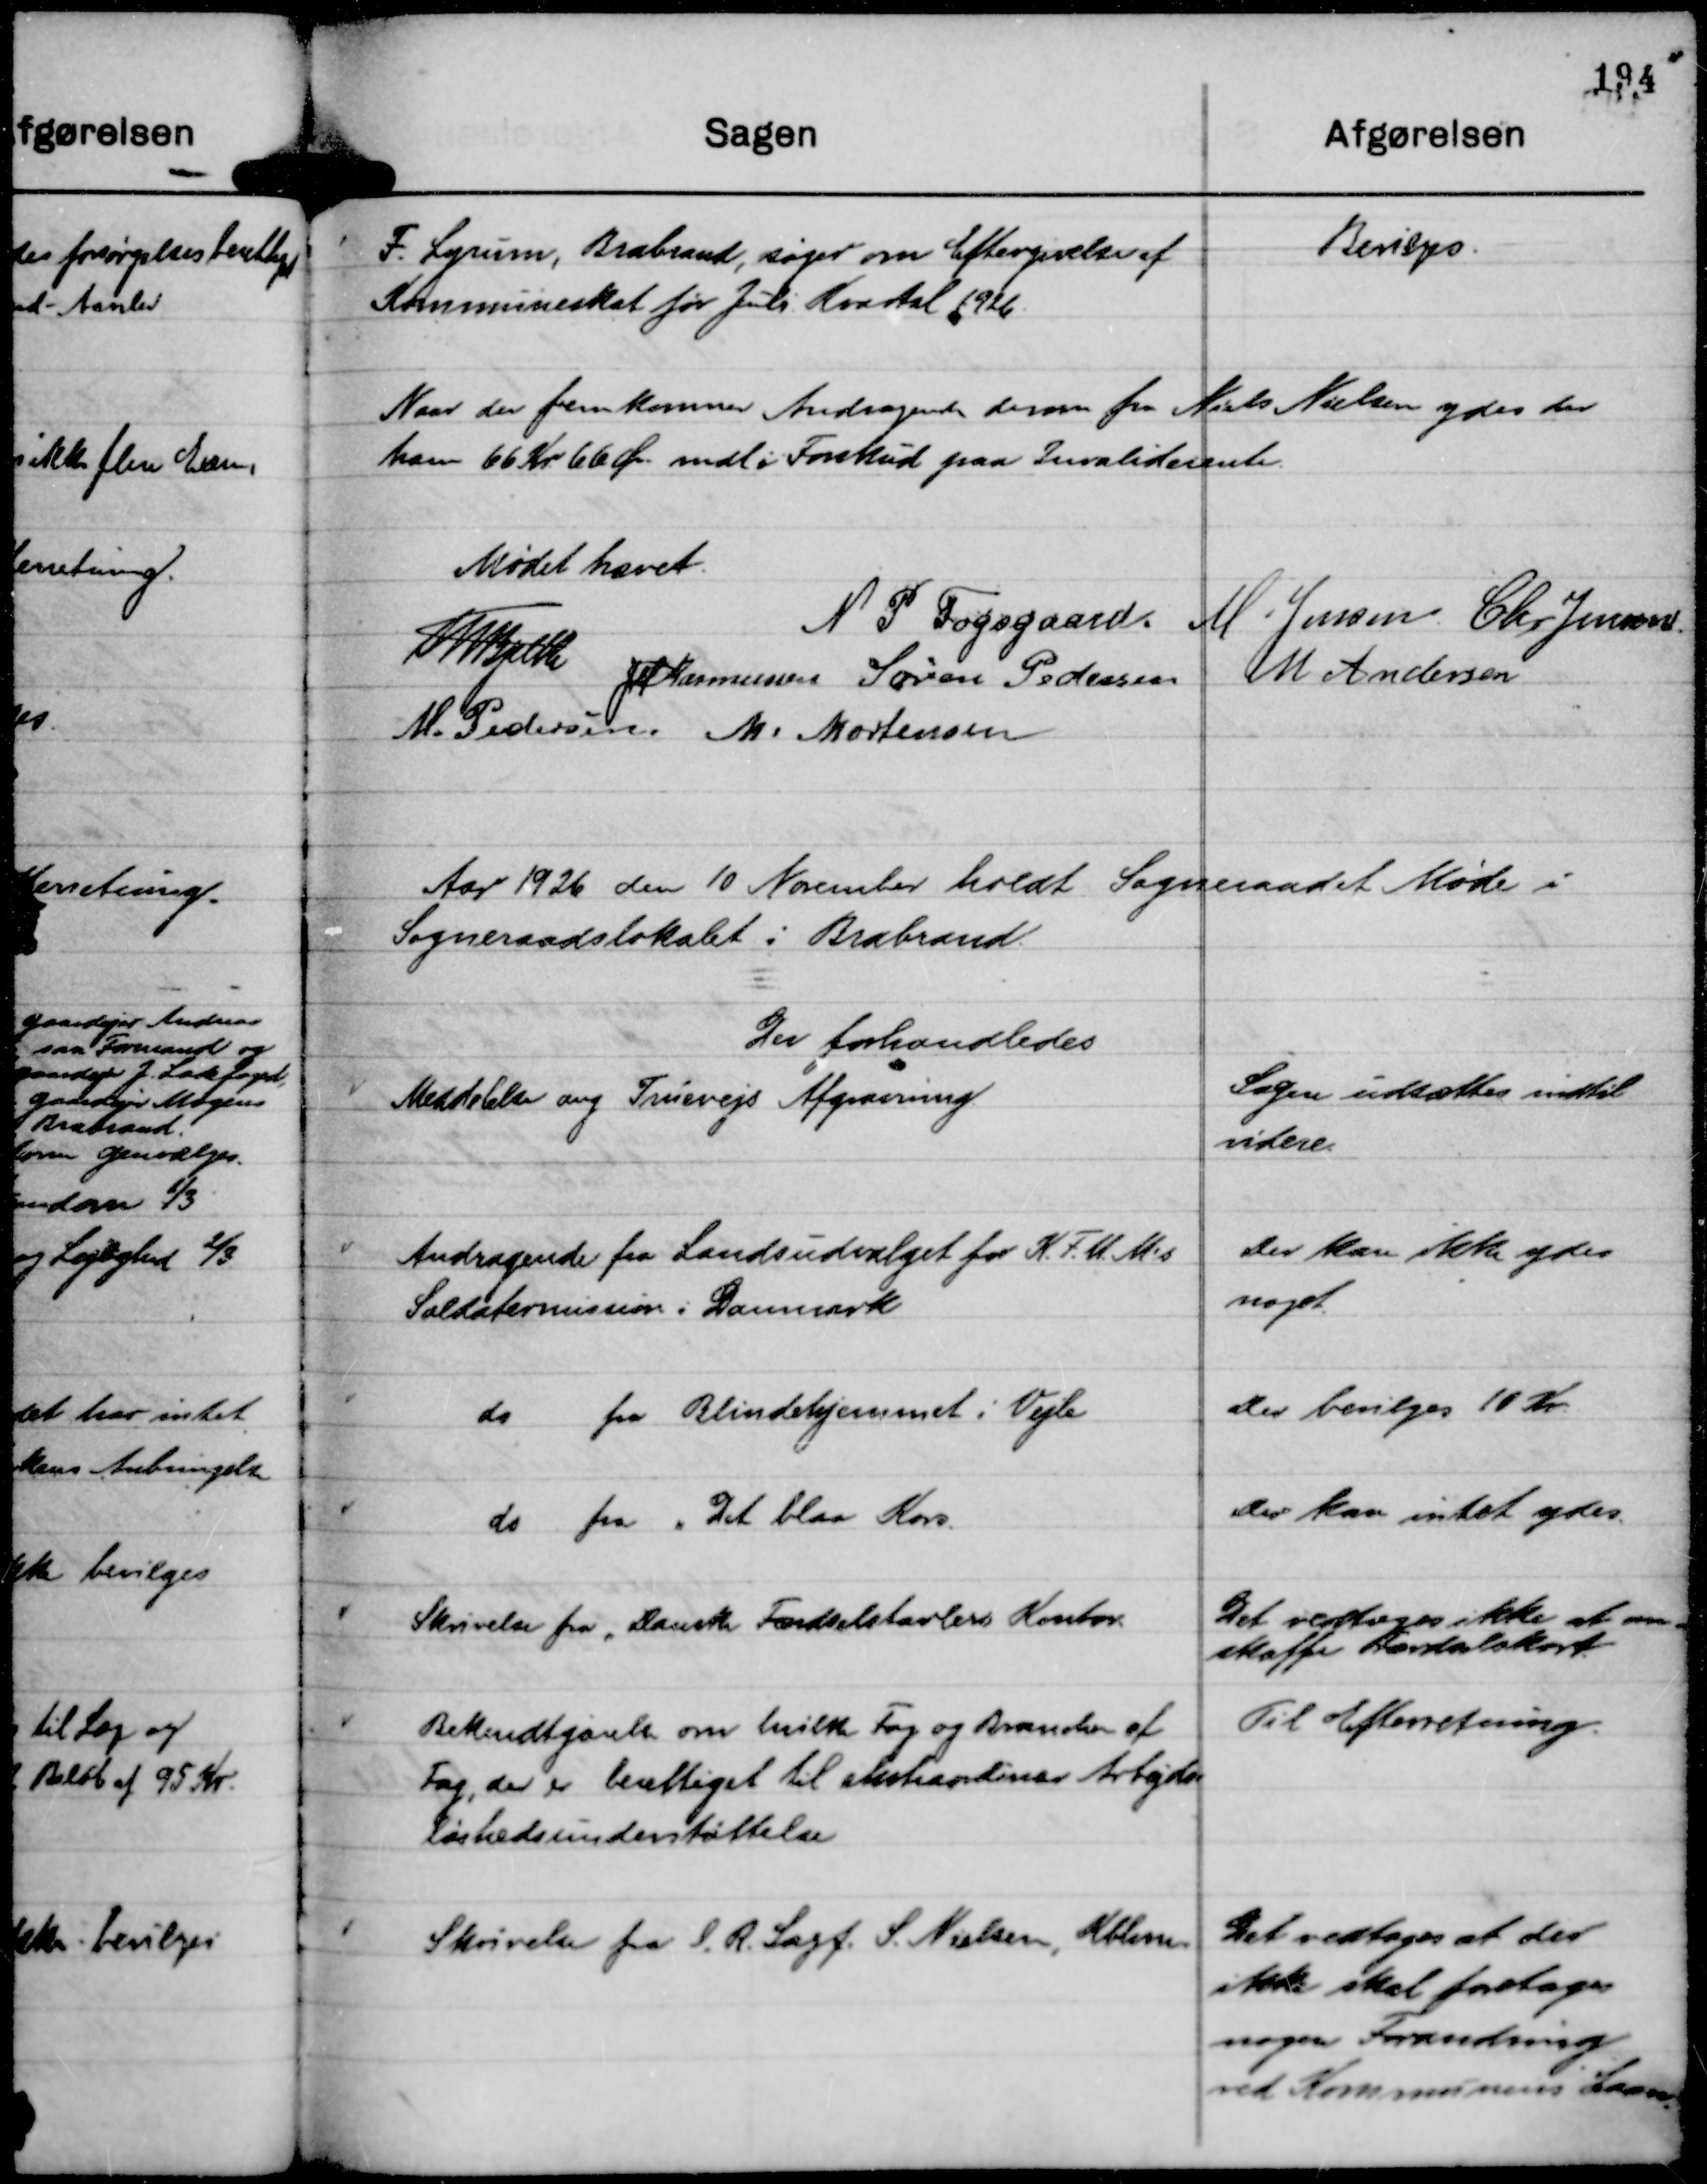
Transskription:
F. Lyrum, Brabrand, søger om Eftergivelse af
Kommuneskat for Juli Kvartal 1926.

Bevilges.

Naar der fremkomner Andragende derom fra Niels Nielsen ydes der
ham 66 Kr. 66 Ør. mdl i Forskud paa Invaliderente.

Mødet hævet.
Th Bjelke
N P Fogsgaard.
M. Jensen.
Chr Jensen
JM Rasmussen
Søren Pedersen
M Andersen
M. Pedersen
M. Mortensen

Aar 1926 den 10 November holdt Sogneraadet Møde i
Sogneraadslokalet i Brabrand.
Der forhandledes

Meddelelse ang Truevejs Afgravning.

Sagen udsættes indtil
videre.

Andragende fra Landsudvalget for K. F. U. M's
Soldatermission i Danmark

Der kan ikke ydes
noget.

do fra Blindehjemmet i Vejle

Der bevilges 10 Kr.

do fra " Det blaa Kors.

Der kan intet ydes.

Skrivelse fra " Dansk Færdelstavlers Kontor.

Det vedtoges ikke at an-
skaffe Færdselskort.

Bekendtgørelse om hvilke Fag og Brancher af
Fag, der er berettiget til ekstraordinær Arbejds-
løshedsunderstøttelse

Til Efterretning.

Skrivelse fra L. R. Sagf. S. Nielsen, Kbhm.

Det vedtoges at der
ikke skal foretages
nogen Forandring
ved Kommunens Laan.